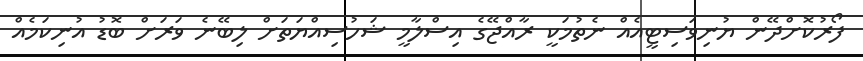
ފޯރުކޮށްދޭން ޔުނިވަސިޓީއެއް ނެތުމަކީ ރާއްޖޭގެ އިސްލާމީ ޝަހުސިއްޔަތަށް ލިބޭނެ ވަރަށް ބޮޑު އުނިކަމެއް